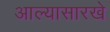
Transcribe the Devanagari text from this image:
आल्‍यासारखे